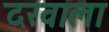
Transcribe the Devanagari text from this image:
दरवाला